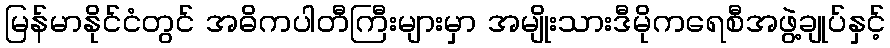
မြန်မာနိုင်ငံတွင် အဓိကပါတီကြီးများမှာ အမျိုးသားဒီမိုကရေစီအဖွဲ့ချုပ်နှင့်